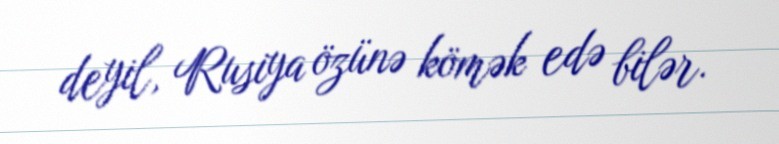
deyil, Rusiya özünə kömək edə bilər.